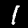
Digit: 1